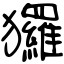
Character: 玀